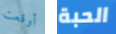
أوقعت الحبة